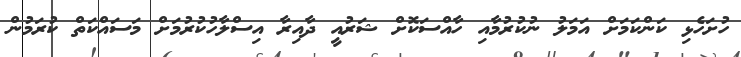
ހުށަހެޅި ކަންކަމަށް އަމަލު ނުކުރުމާއި ހާއްސަކޮށް ޝަރުއީ ދާއިރާ އިސްލާހުކުރުމަށް މަސައްކަތް ކުރަމުން